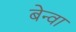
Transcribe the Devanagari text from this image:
बेन्वा